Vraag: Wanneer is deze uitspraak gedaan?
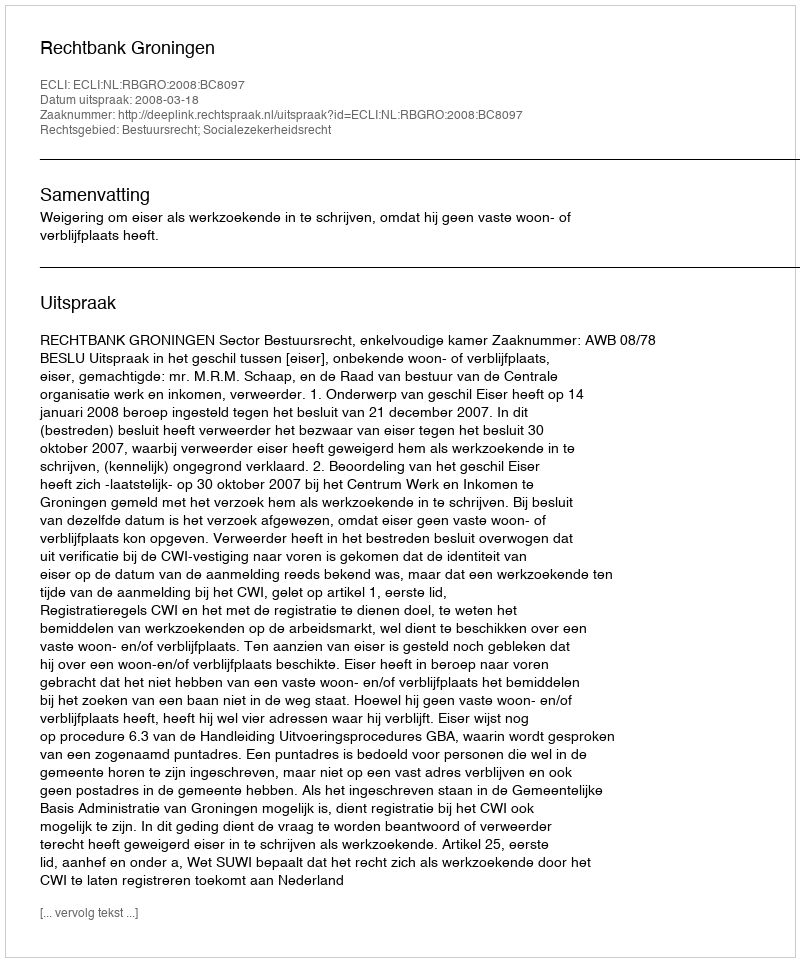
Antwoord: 2008-03-18